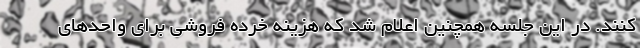
کنند. در این جلسه همچنین اعلام شد که هزینه خرده فروشی برای واحدهای